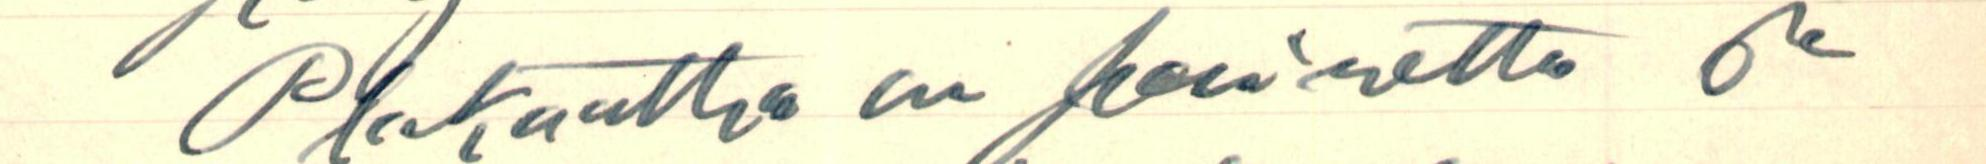
Plakaattia on painettu ja